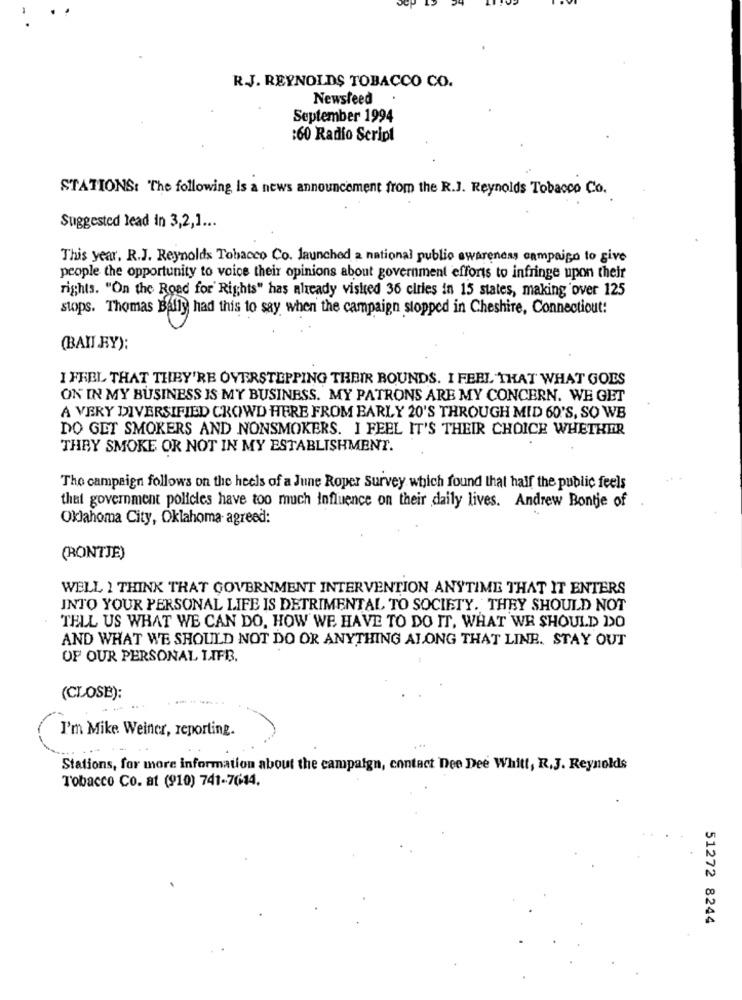
R.J. REYNOLDS TOBACCO CO.
Newsfeed
September 1994
:60 Radio Script
STATIONS: "The following is a news announcement from the R.J. Reynolds Tobacco Co.
Suggested lead in 3,2,1 ...
This year. R.J. Reynolds Tobacco Co. launched a national public awareness campaign to give
people the opportunity to voice their opinions about government efforts to infringe upon their
rights. "On the Road for' Rights" has already visited 36 cities in 15 states, making over 125
stops. Thomas Bally had this to say when the campaign stopped in Cheshire, Connectiout:
(BAIL RY):
I FEEL THAT THEY'RE OVERSTEPPING THEIR ROUNDS. I FEEL THAT WHAT GOES
ON IN MY BUSINESS IS MY BUSINESS. MY PATRONS ARE MY CONCERN. WE GET
A VERY DIVERSIFIED CROWD HERE FROM BARLY 20'S THROUGH MID 60'S, SO WB
DO GET SMOKERS AND NONSMOKERS. I FEEL IT'S THEIR CHOICE WHETHER
THEY SMOKE OR NOT IN MY ESTABLISHMENT.
The campaign follows on the heels of a June Roper Survey which found that half the public feels
that government policies have too much influence on their daily lives. Andrew Bontje of
Oklahoma City, Oklahoma agreed:
(RONTJE)
WELL I THINK THAT GOVERNMENT INTERVENTION ANYTIME THAT IT ENTERS
INTO YOUR PERSONAL LIFE IS DETRIMENTAL TO SOCIETY. THEY SHOULD NOT
TELL US WHAT WE CAN DO, HOW WE HAVE TO DO IT, WHAT WE SHOULD DO
AND WHAT WE SHOULD NOT DO OR ANYTHING ALONG THAT LINE. STAY OUT
OF OUR PERSONAL LIFB.
(CLOSE):
-----
I'm Mike Weiner, reporting.
Stations, for more information about the campaign, contact Dee Dee Whitt, R.J. Reynolds
Tobacco Co. at (910) 741-7014.
51272 8244